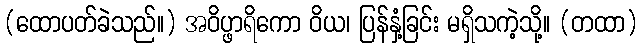
(ထောပတ်ခဲသည်။) အဝိပ္ဖာရိကော ဝိယ၊ ပြန်နှံ့ခြင်း မရှိသကဲ့သို့။ (တထာ)